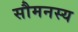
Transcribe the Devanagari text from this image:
सौमनस्य